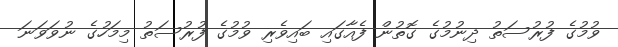
ވުމުގެ ފުރުސަތު ދިނުމުގެ ގޮތުން ފެއާގައި ބައިވެރި ވުމުގެ ފުރުސަތު މިމަހުގެ ނުވަވަނަ